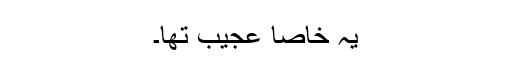
یہ خاصا عجیب تھا۔